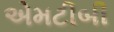
એમટીબી